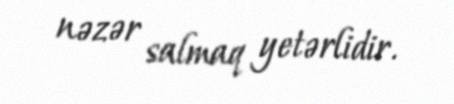
nəzər salmaq yetərlidir.